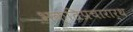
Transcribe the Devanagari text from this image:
भक्तिप्रचारार्थ